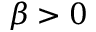
\beta > 0